Ajakirja_Uliopilasleht_toimetus, lk 4
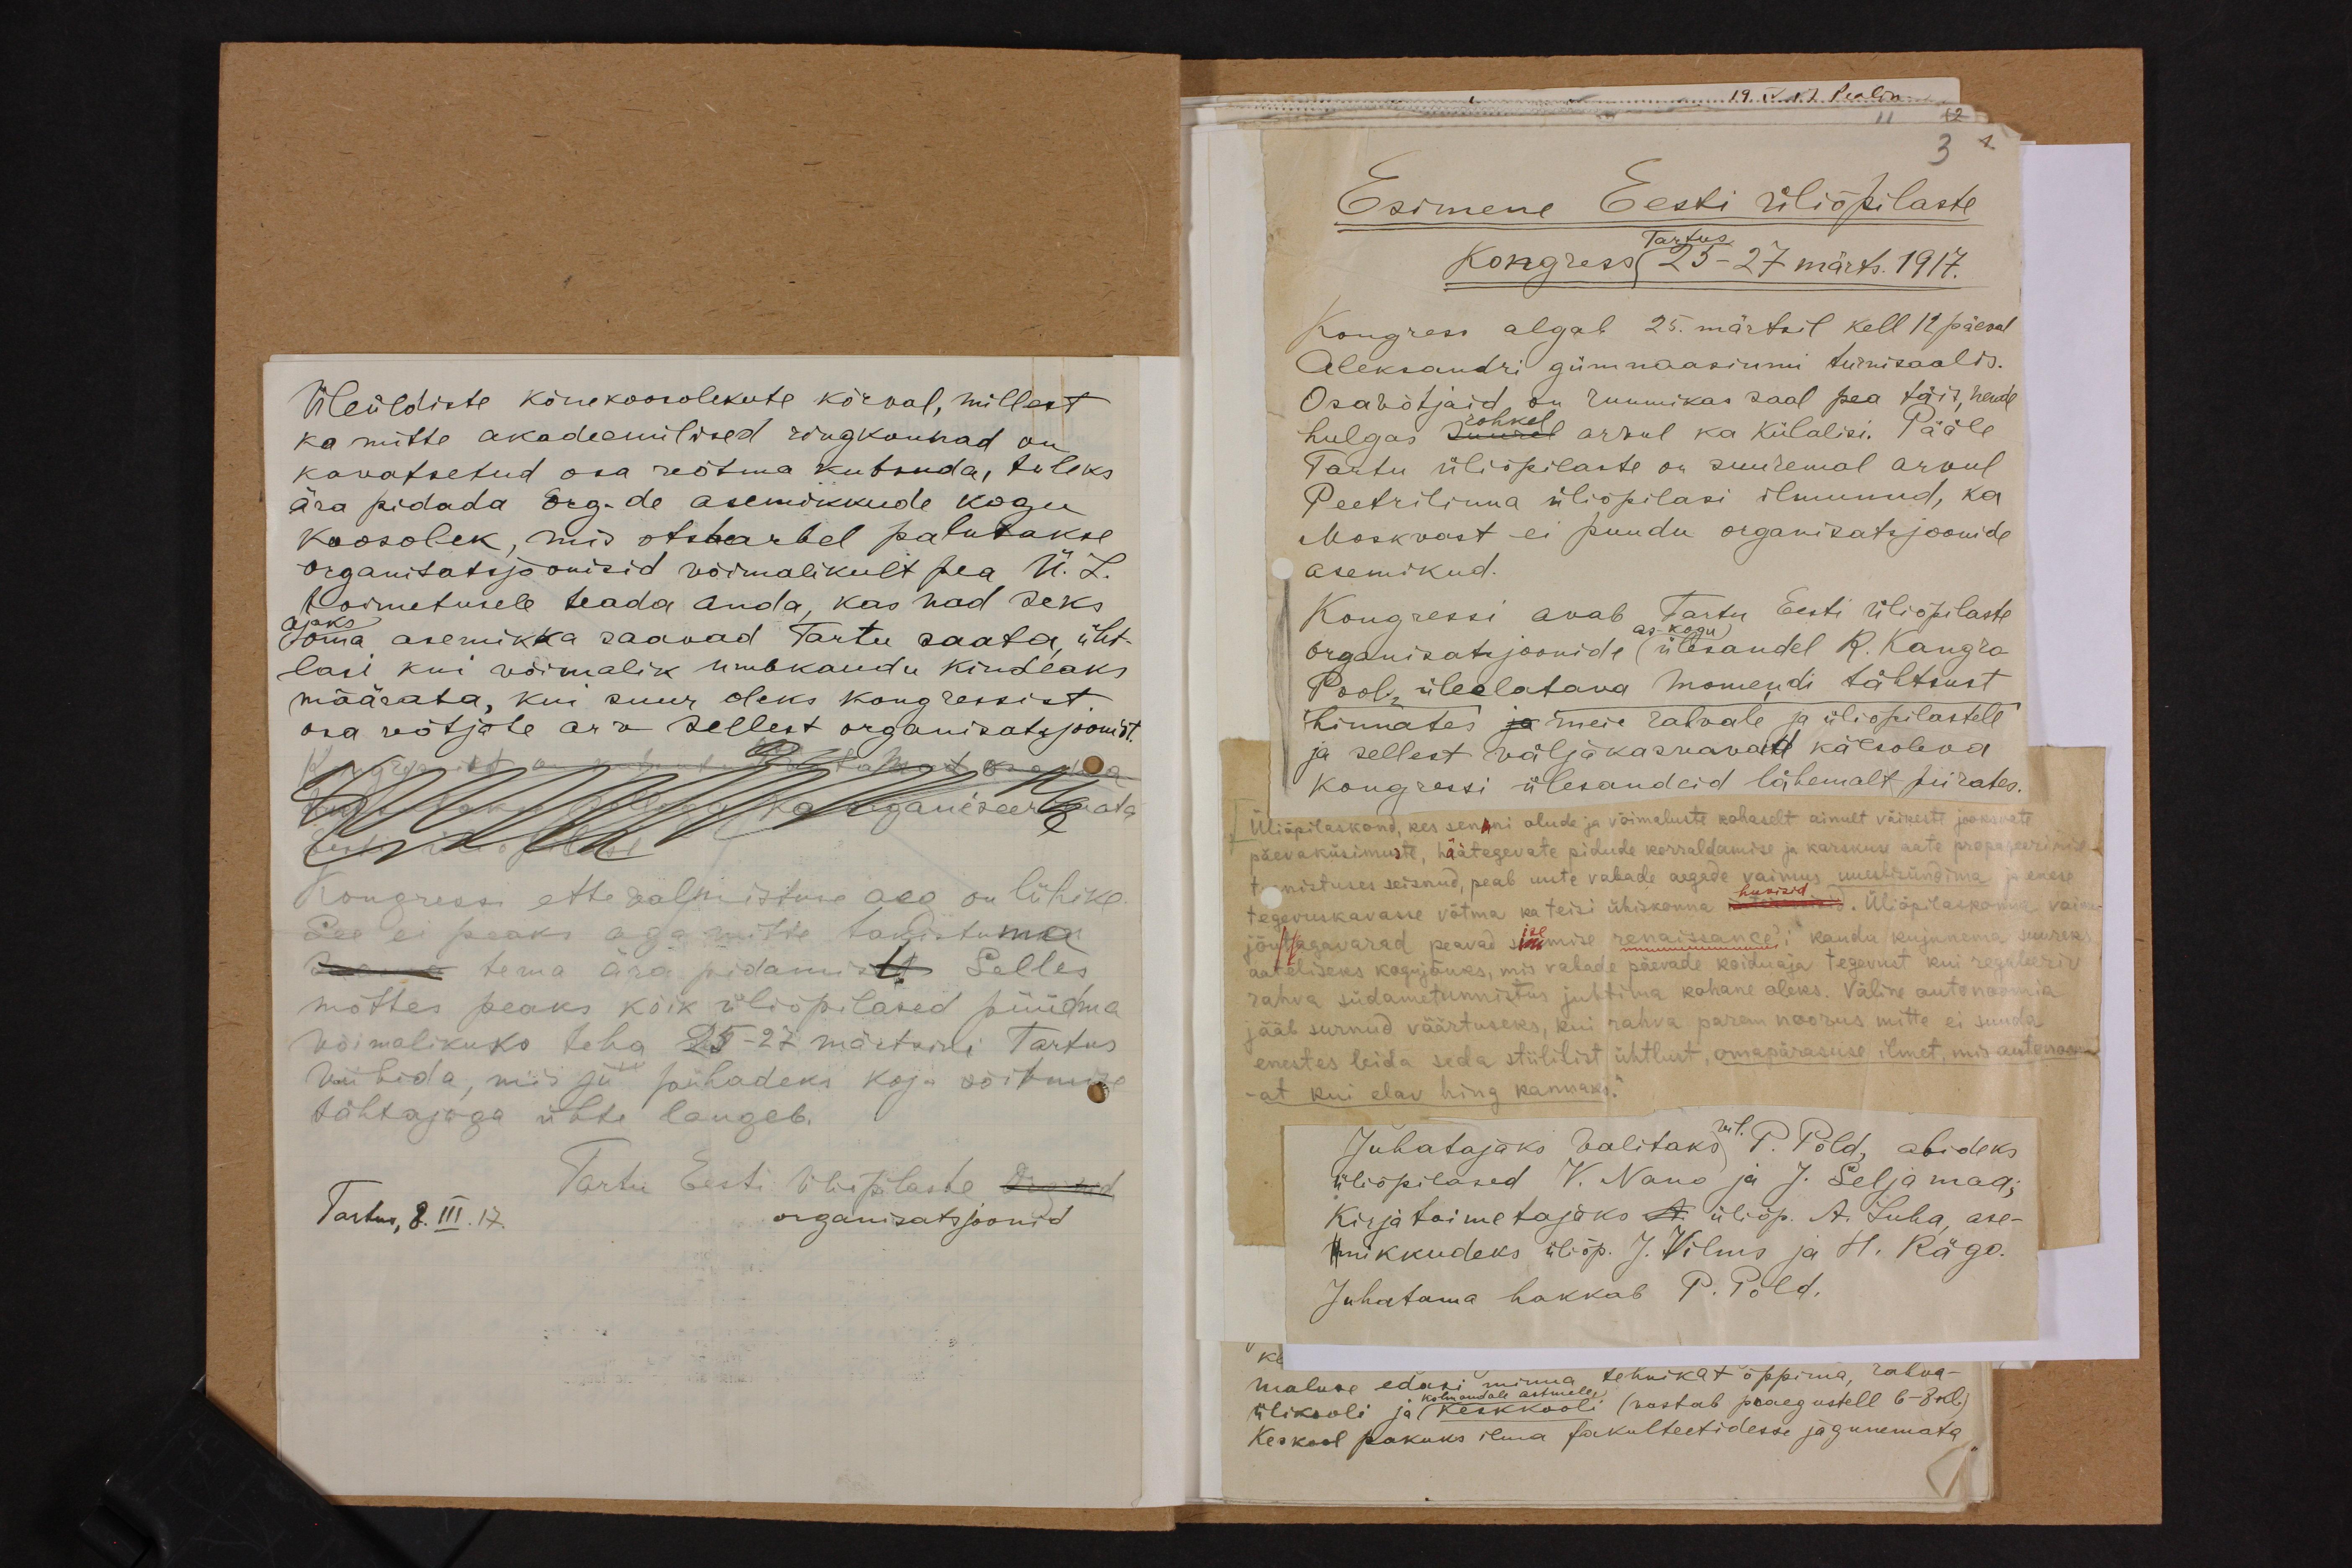
Üleüldiste kõnekoosolekute kõrval, millest
ka mitte akadeemilised ringkonnad on
kavatsetud osa võtma kutsuda, tuleks
ära pidada org-de asemikkude kogu
koosolek, mis otstarbel palutakse
organitatsjoonisid võimalikult pea Ü. L.
toimetusele teada anda, kas nad seks
ajaks
oma asemikka saavad Tartu saata üht-
lasi kui võimalik umbkaudu kindlaks.
määrata, kui suur oleks kongressist,
osa võtjate arv sellest organisatsjoonist.
Otsustanud on seltsust korda
W 110 GM рHgavireerteada
Kongressi ette valmistamise aeg on lühike
See ei peaks aga mitte takistama
sama tema ära pidamist. Selles
mõttes peaks kõik üliõpilased püüdma,
võimalikuks teha 25-27 märtsili Tartus
viibida, mis ju pühadeks koju sõitmise
tähtajaga ühte langeb.
Tartu Eesti Üliõpilaste Org-nid
Tartus, 8.III.17.
organisatsjoonid

3 1
Esimene Eesti üliõpilaste
Tartus
Kongress 25-27 märts. 1917.
Kongress algab 25. märtsil kell 12 päeval
Aleksandri gümnaasiumi turnisaalis.
Osavõtjaid on ruumikas saal pea täis, nende
hulgas suurel arvul ka külalisi. Pääle
rohkel
Tartu ülipilaste on suuremal arvul
Peetrilinna üliõpilasi ilmunud, ka
Moskvast ei puudu organisatsjoonide
asemikud.
Kongressi avab Tartu Eesti üliõpilaste
as-kogu.
organisatjoonide (ülesandel R. Kangro
Pool, üleelatava momendi tähtsust
hinnates ja meie rahvale ja üliõpilastele
ja sellest väljakannavad käesoleva
kongressi ülesandeid lähemalt piirates.
Üliõpilaskond, kes senini olude ja võimaluste kohaselt ainult väikesti jooksvate
päevaküsimuste, häätegevate pidude korraldamise ja karskuse aate propageerimise
teenistuses seisnud, peab uute vabade aegade vaimus uuestisündima ja enese
tegevuskavasse võtma ka teisi ühiskonna hüvisid. Üliõpilaskonna vaimu-
jõutagavarad peavad sisemise renaissance'i kaudu kujunema suureks
aateliseks kogujõuks, mis vabade päevade koiduaja tegevust kui reguleeriv
rahva südametunnistus juhtima kohane oleks. Väline autonoomia
jääb surnud väärtuseks, kui rahva parem noorus mitte ei suuda
enestes leida seda stiililist ühtlust, omapärasuse ilmet, mis autonoomi-
at kui elav hing kannaks.
Juhatajaks valitaks  vil. P. Põld, abideks
üliõpilased V. Nano ja J. Seljamaa;
Kirjatoimetajaks A üliõp. A. Luha, ase-
mikkudeks üliõp. J. Vilms ja H. Rägo.
Juhatama hakkab P. Põld.